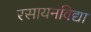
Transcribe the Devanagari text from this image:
रसायनविद्या